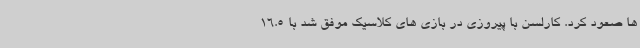
ها صعود کرد. کارلسن با پیروزی در بازی های کلاسیک موفق شد با 16.5